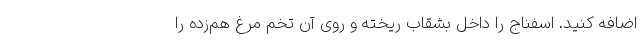
اضافه کنید. اسفناج را داخل بشقاب ریخته و روی آن تخم مرغ هم‌زده را